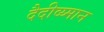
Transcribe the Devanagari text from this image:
दैदीव्य्मान